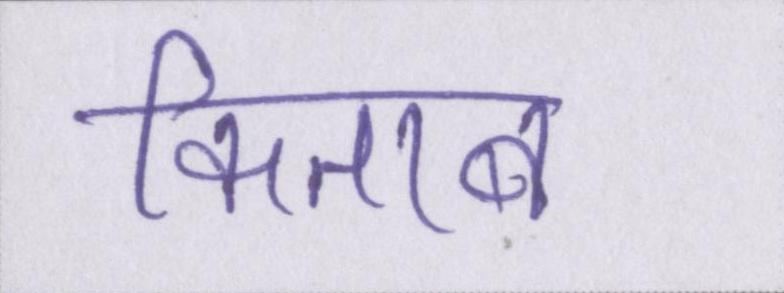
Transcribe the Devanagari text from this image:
किताब